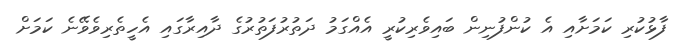
ފާޅުކުރި ކަމަށާއި އެ ކުންފުނިން ބައިވެރިކުރީ އެއްގަމު ދަތުރުފަތުރުގެ ދާއިރާގައި އެހީތެރިވެވޭނެ ކަމަށް